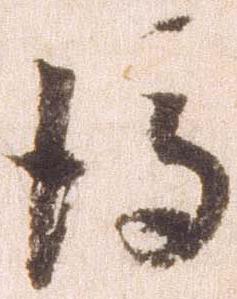
後